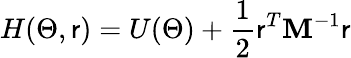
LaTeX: H(\Theta,\mathsf{r})=U(\Theta)+\frac{{1}}{{2}}\mathsf{r}^{T}\mathbf{{M}}^{-1}\mathsf{r}